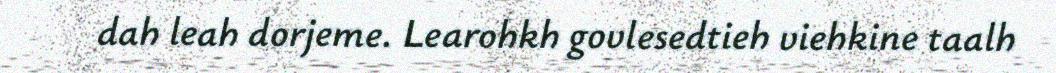
dah leah dorjeme. Learohkh govlesedtieh viehkine taalh